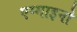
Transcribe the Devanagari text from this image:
एग्माइनो